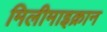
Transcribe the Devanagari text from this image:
मिलीमाइक्रान